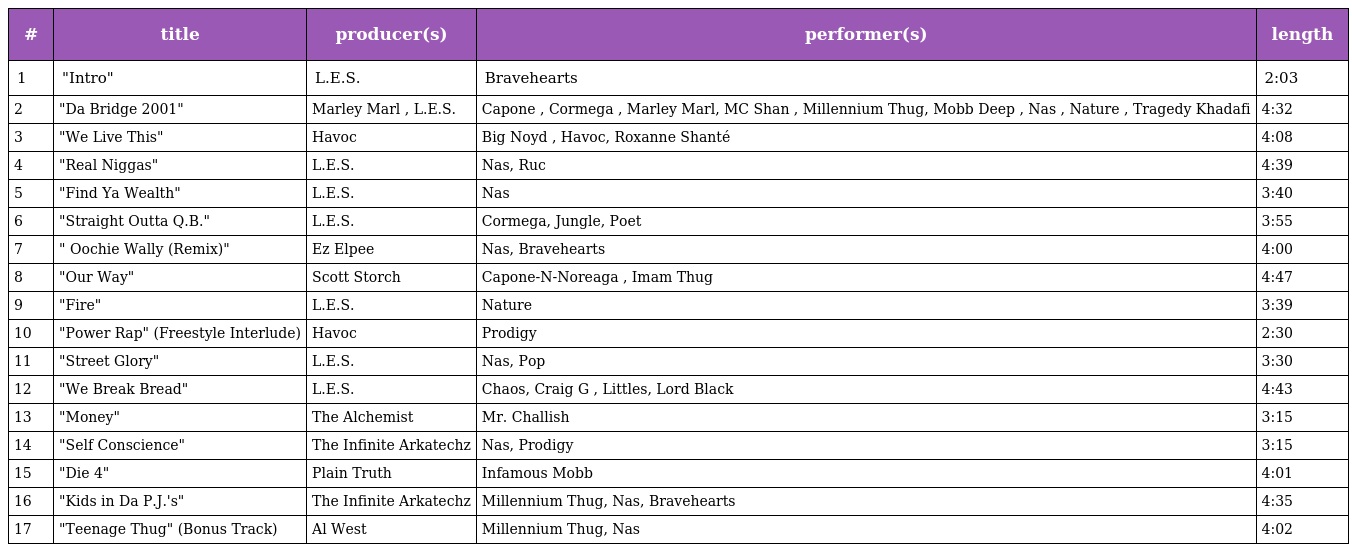
| # | title | producer(s) | performer(s) | length |
 | --- | --- | --- | --- | --- |
 | 1 | "Intro" | L.E.S. | Bravehearts | 2:03 |
 | 2 | "Da Bridge 2001" | Marley Marl , L.E.S. | Capone , Cormega , Marley Marl, MC Shan , Millennium Thug, Mobb Deep , Nas , Nature , Tragedy Khadafi | 4:32 |
 | 3 | "We Live This" | Havoc | Big Noyd , Havoc, Roxanne Shanté | 4:08 |
 | 4 | "Real Niggas" | L.E.S. | Nas, Ruc | 4:39 |
 | 5 | "Find Ya Wealth" | L.E.S. | Nas | 3:40 |
 | 6 | "Straight Outta Q.B." | L.E.S. | Cormega, Jungle, Poet | 3:55 |
 | 7 | " Oochie Wally (Remix)" | Ez Elpee | Nas, Bravehearts | 4:00 |
 | 8 | "Our Way" | Scott Storch | Capone-N-Noreaga , Imam Thug | 4:47 |
 | 9 | "Fire" | L.E.S. | Nature | 3:39 |
 | 10 | "Power Rap" (Freestyle Interlude) | Havoc | Prodigy | 2:30 |
 | 11 | "Street Glory" | L.E.S. | Nas, Pop | 3:30 |
 | 12 | "We Break Bread" | L.E.S. | Chaos, Craig G , Littles, Lord Black | 4:43 |
 | 13 | "Money" | The Alchemist | Mr. Challish | 3:15 |
 | 14 | "Self Conscience" | The Infinite Arkatechz | Nas, Prodigy | 3:15 |
 | 15 | "Die 4" | Plain Truth | Infamous Mobb | 4:01 |
 | 16 | "Kids in Da P.J.'s" | The Infinite Arkatechz | Millennium Thug, Nas, Bravehearts | 4:35 |
 | 17 | "Teenage Thug" (Bonus Track) | Al West | Millennium Thug, Nas | 4:02 |